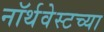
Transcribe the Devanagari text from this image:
नॉर्थवेस्टच्या